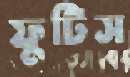
ফুটিস